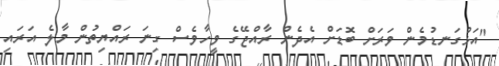
"އަޅުގަނޑުމެން ވަރަށް ބޮޑަށް އެދެން ރާއްޖޭގެ ވީހާވެސް ގިނަ ރައްޔިތުން މާލެ އަރައި